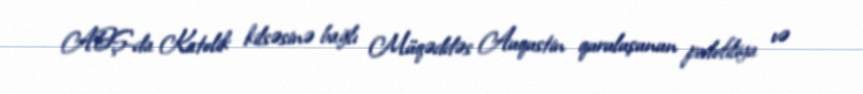
ABŞ-da Katolik kilsəsinə bağlı Müqəddəs Auqustin quruluşunun pedofiliya və